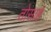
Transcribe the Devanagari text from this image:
तोसाह